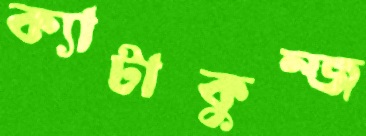
ক্যাটাকুম্জ